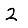
Digit: 2